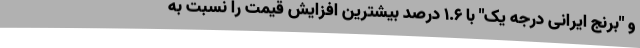
و "برنج ایرانی درجه یک" با ١.٦ درصد بیشترین افزایش قیمت را نسبت به